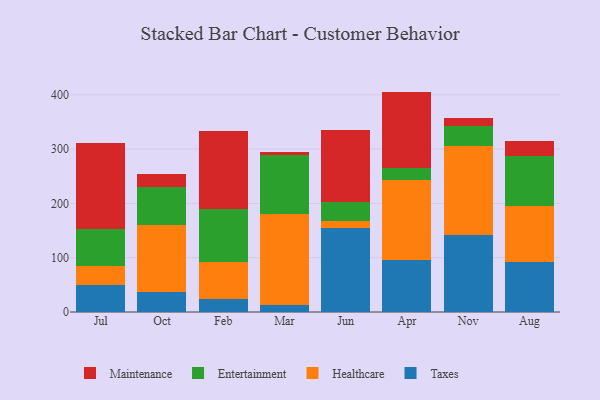
{"axis": {"x": "Month", "y": "Backlog"}, "legend": ["Entertainment", "Healthcare", "Maintenance", "Taxes"], "data": [{"x": "Jul", "y": 50.1, "type": "Taxes"}, {"x": "Jul", "y": 35.0, "type": "Healthcare"}, {"x": "Jul", "y": 68.2, "type": "Entertainment"}, {"x": "Jul", "y": 158.1, "type": "Maintenance"}, {"x": "Oct", "y": 36.3, "type": "Taxes"}, {"x": "Oct", "y": 124.8, "type": "Healthcare"}, {"x": "Oct", "y": 68.2, "type": "Entertainment"}, {"x": "Oct", "y": 24.8, "type": "Maintenance"}, {"x": "Feb", "y": 23.2, "type": "Taxes"}, {"x": "Feb", "y": 69.8, "type": "Healthcare"}, {"x": "Feb", "y": 96.1, "type": "Entertainment"}, {"x": "Feb", "y": 144.3, "type": "Maintenance"}, {"x": "Mar", "y": 12.0, "type": "Taxes"}, {"x": "Mar", "y": 169.4, "type": "Healthcare"}, {"x": "Mar", "y": 108.0, "type": "Entertainment"}, {"x": "Mar", "y": 6.0, "type": "Maintenance"}, {"x": "Jun", "y": 154.9, "type": "Taxes"}, {"x": "Jun", "y": 11.9, "type": "Healthcare"}, {"x": "Jun", "y": 36.5, "type": "Entertainment"}, {"x": "Jun", "y": 131.0, "type": "Maintenance"}, {"x": "Apr", "y": 95.4, "type": "Taxes"}, {"x": "Apr", "y": 147.0, "type": "Healthcare"}, {"x": "Apr", "y": 23.3, "type": "Entertainment"}, {"x": "Apr", "y": 140.2, "type": "Maintenance"}, {"x": "Nov", "y": 141.6, "type": "Taxes"}, {"x": "Nov", "y": 164.9, "type": "Healthcare"}, {"x": "Nov", "y": 35.2, "type": "Entertainment"}, {"x": "Nov", "y": 16.1, "type": "Maintenance"}, {"x": "Aug", "y": 92.9, "type": "Taxes"}, {"x": "Aug", "y": 102.6, "type": "Healthcare"}, {"x": "Aug", "y": 91.7, "type": "Entertainment"}, {"x": "Aug", "y": 28.3, "type": "Maintenance"}]}